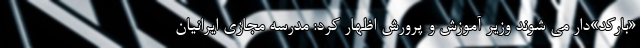
«بارکد»دار می شوند وزیر آموزش و پرورش اظهار کرد: مدرسه مجازی ایرانیان